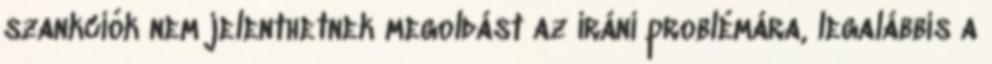
szankciók nem jelenthetnek megoldást az iráni problémára, legalábbis a